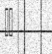
٦٤